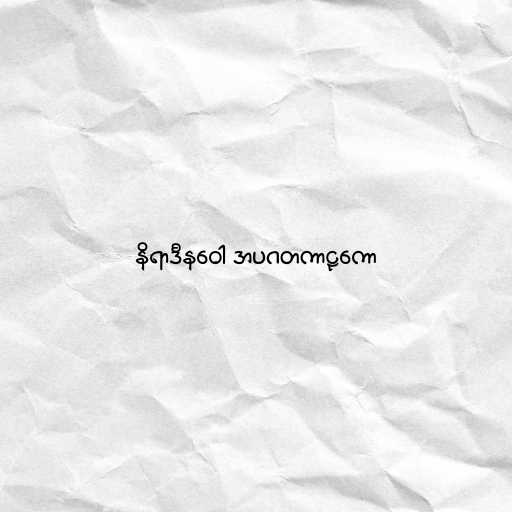
နိရာဒီနဝေါ အပဂတကာဠကော